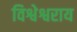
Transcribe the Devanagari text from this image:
विश्वेश्वराय